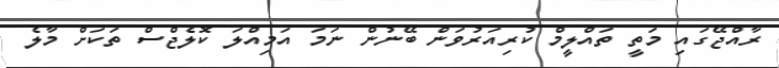
ރާއްޖޭގައި މަތީ ތައްލީމް ކުރިއަރުވަން ބޭނުން ނަމަ އަމިއްލަ ކޮލެޖްސް ތަކަށް މާލެ